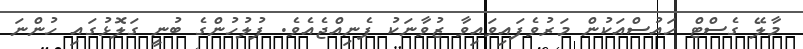
މާލޭ ގެސްޓް ހައުސްއަކުން މަރުވެފައިވައިވާ ޒުވާނަކު ފެނިއްޖެއެވެ. ފުލުހުންގެ ބުނީ ގަލޮޅުގައި ހުންނަ